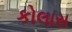
કોલાસ